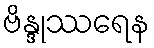
ဗိန္ဒုဿရေန